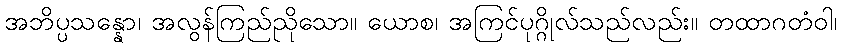
အဘိပ္ပသန္နော၊ အလွန်ကြည်ညိုသော။ ယောစ၊ အကြင်ပုဂ္ဂိုလ်သည်လည်း။ တထာဂတံဝါ၊